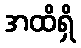
အထိရှိ